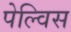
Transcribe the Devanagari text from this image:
पेल्विस